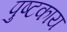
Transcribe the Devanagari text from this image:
पुष्टकाय